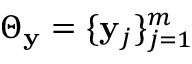
\Theta _ { \mathbf { y } } = \{ \mathbf { y } _ { j } \} _ { j = 1 } ^ { m }